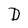
Character: D